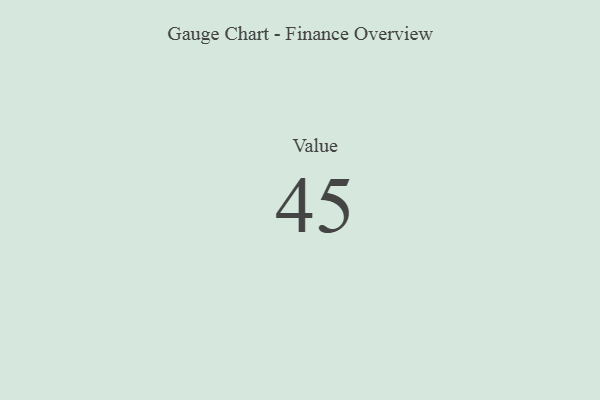
{"axis": {"x": "Metric", "y": "Value"}, "legend": [""], "data": [{"x": "Value", "y": 45, "type": ""}]}